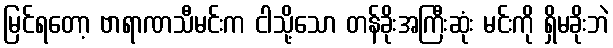
မြင်ရတော့ ဗာရာဏသီမင်းက ငါသို့သော တန်ခိုးအကြီးဆုံး မင်းကို ရှိမခိုးဘဲ